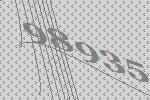
98935